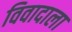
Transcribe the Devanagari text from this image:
विवादाला